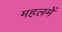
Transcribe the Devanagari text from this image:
महलमें